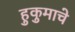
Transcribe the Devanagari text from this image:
हुकुमाचे